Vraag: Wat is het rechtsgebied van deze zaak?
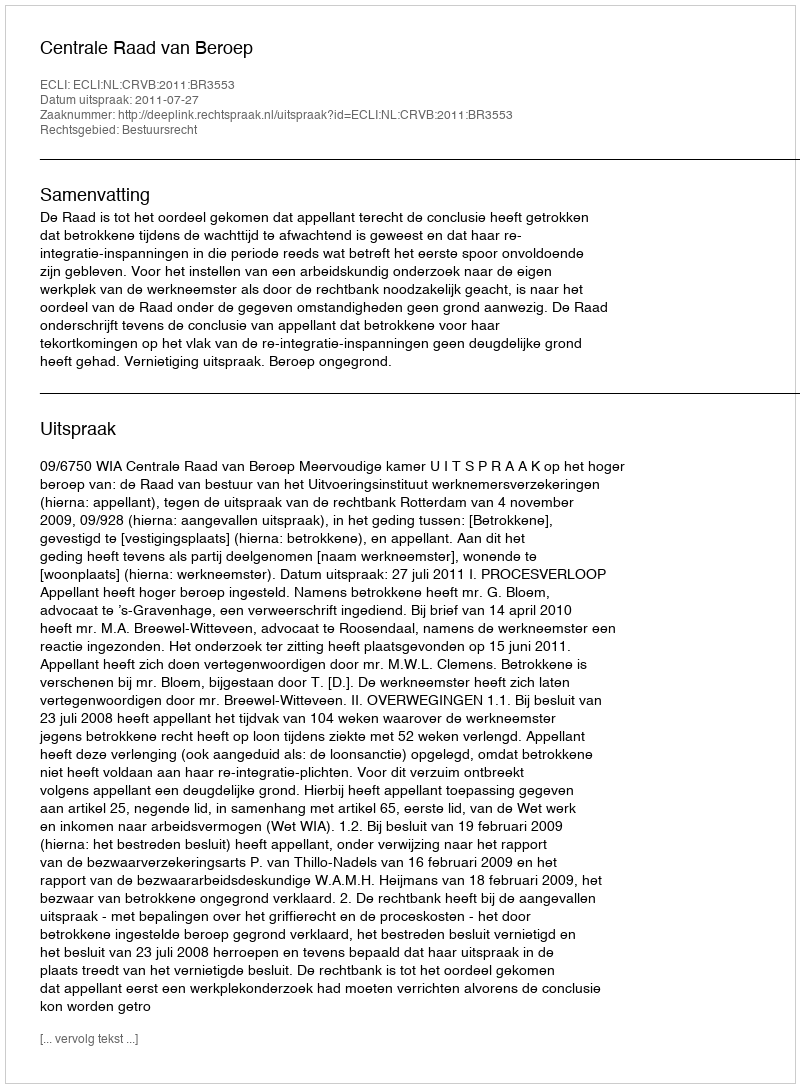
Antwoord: Bestuursrecht